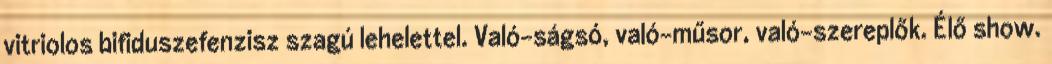
vitriolos bifiduszefenzisz szagú lehelettel. Való-ságsó, való-műsor, való-szereplők. Élő show.